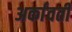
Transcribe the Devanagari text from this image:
अर्कावती